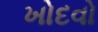
ખોદવો